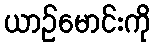
ယာဉ်မောင်းကို